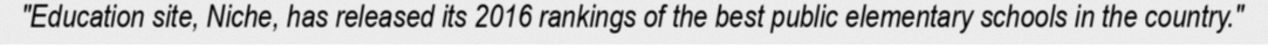
"Education site, Niche, has released its 2016 rankings of the best public elementary schools in the country."